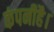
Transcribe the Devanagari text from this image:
कंपनीहै।